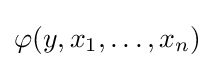
\varphi (y,x_{1},\ldots ,x_{n})